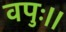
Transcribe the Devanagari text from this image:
वपुः।।